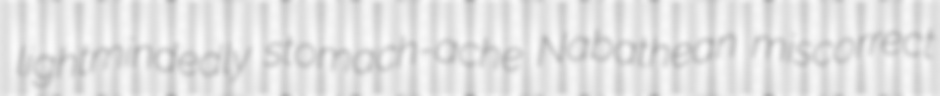
lightmindedly stomach-ache Nabathean miscorrect